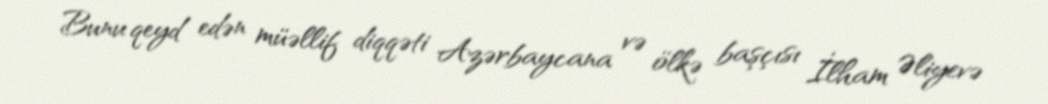
Bunu qeyd edən müəllif diqqəti Azərbaycana və ölkə başçısı İlham Əliyevə